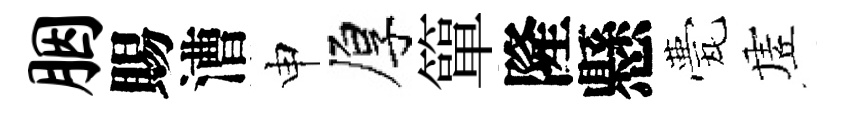
胭賜漕申厚簞隆懸甍虗